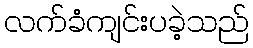
လက်ခံကျင်းပခဲ့သည်